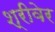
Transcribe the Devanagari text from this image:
श्रीवेर